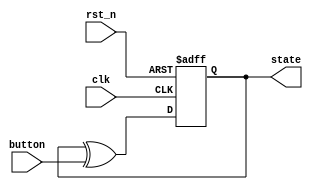
`timescale 1ns / 1ps
//////////////////////////////////////////////////////////////////////////////////
// Company: 
// Engineer: 
// 
// Design Name: 
// Module Name: fsm_button
// Project Name: 
// Target Devices: 
// Tool Versions: 
// Description: 
// 
// Dependencies: 
// 
// Revision:
// Revision 0.01 - File Created
// Additional Comments:
// 
//////////////////////////////////////////////////////////////////////////////////


module fsm_button(
    output reg state,
    input button,
    input clk,
    input rst_n
    );
    
    wire next_state;
    
    assign next_state = state ^ button;
    
    always @(posedge clk or negedge rst_n)
    begin
        if(rst_n == 0)
            state <= 1'b0;
        else
            state <= next_state;
    end
    
endmodule